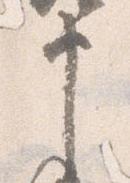
申